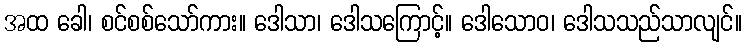
အထ ခေါ၊ စင်စစ်သော်ကား။ ဒေါသာ၊ ဒေါသကြောင့်။ ဒေါသောဝ၊ ဒေါသသည်သာလျင်။